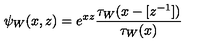
\psi _ { W } ( x , z ) = e ^ { x z } \frac { \tau _ { W } ( x - [ z ^ { - 1 } ] ) } { \tau _ { W } ( x ) }